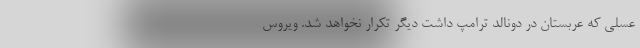
عسلی که عربستان در دونالد ترامپ داشت دیگر تکرار نخواهد شد. ویروس